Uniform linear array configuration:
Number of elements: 16
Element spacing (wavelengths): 0.5
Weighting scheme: hamming
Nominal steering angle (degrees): -15
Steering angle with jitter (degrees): -15.483
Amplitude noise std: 0.05
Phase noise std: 0.05

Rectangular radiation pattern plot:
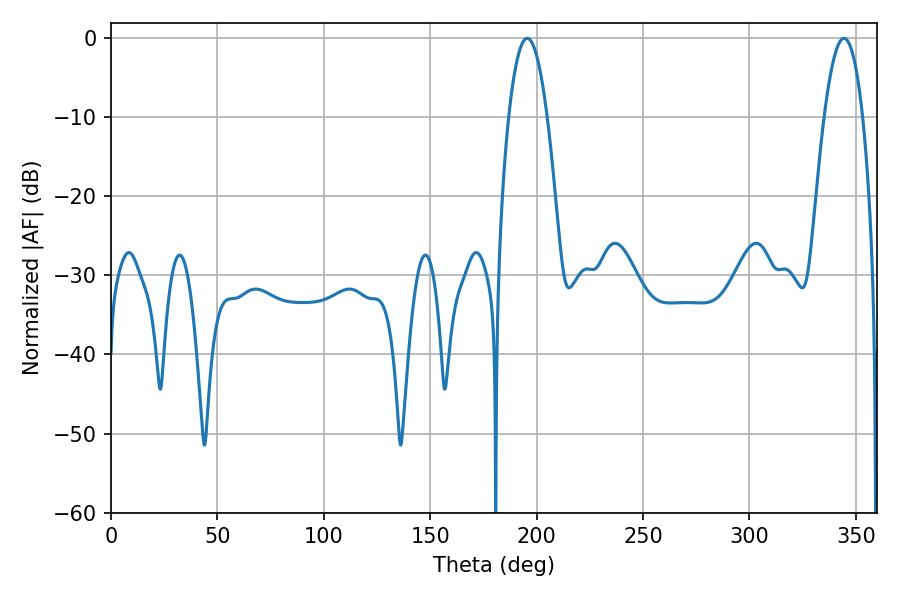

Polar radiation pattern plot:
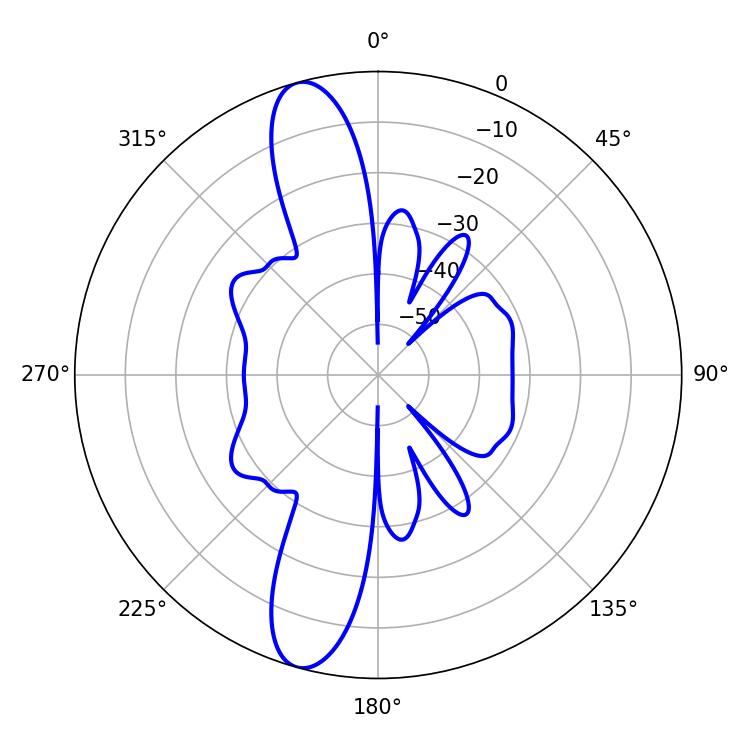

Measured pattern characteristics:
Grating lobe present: FALSE
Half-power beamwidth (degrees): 10.08
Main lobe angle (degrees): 195.66